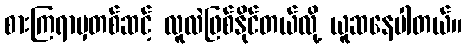
စားကြရာမှတစ်ဆင့် လူလဲဖြစ်နိုင်တယ်လို့ ယူဆနေပါတယ်။